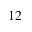
1 2